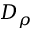
D _ { \rho }